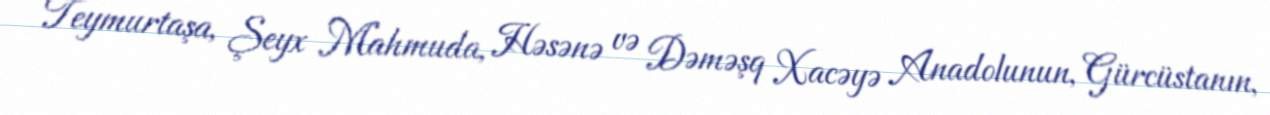
Teymurtaşa, Şeyx Mahmuda, Həsənə və Dəməşq Xacəyə Anadolunun, Gürcüstanın,